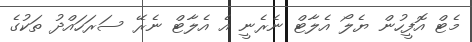
މެޓް އޮފީހުން ޔެލޯ އެލާޓް ނެރެނީ އެ އެލާޓް ނެރޭ ސަރަހައްދު ތަކުގެ